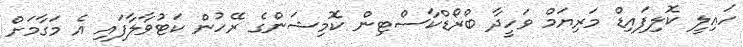
ހައިލީ ކޮލިފައިޑް މަރިޔަމް ވަހީދާ ބްރޯޑްކާސްޓިން ކޮމިޝަންގެ ރޭހުން ކަޓުވާލާފައި އެ މަގާމަށް